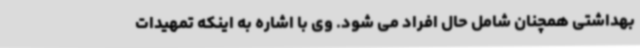
بهداشتی همچنان شامل حال افراد می شود. وی با اشاره به اینکه تمهیدات